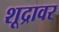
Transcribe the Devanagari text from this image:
शूद्रावर